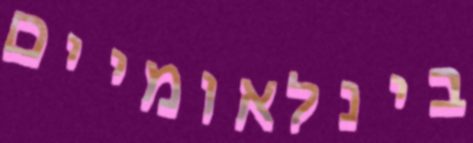
בינלאומיים